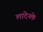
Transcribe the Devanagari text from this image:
लादेनके